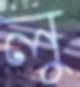
লু